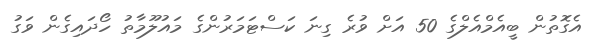
އެގޮތުން ބީއެމްއެލްގެ 50 އަށް ވުރެ ގިނަ ކަސްޓަމަރުންގެ މައުލޫމާތު ހޯދައިގެން ވަގު